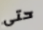
حتى